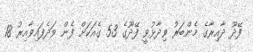
ފޭދޫ ދާއިރާގެ މެންބަރު ވިދާޅުވީ ފޭދޫގެ 53 ގެއަކަށް ފެން ވަދެފައިވާއިރު 18